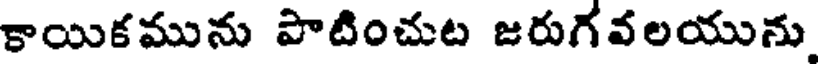
కాయికమును పాటించుట జరుగవలయును